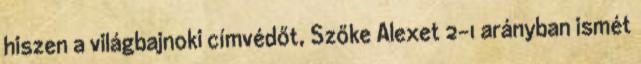
hiszen a világbajnoki címvédőt, Szőke Alexet 2-1 arányban ismét